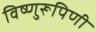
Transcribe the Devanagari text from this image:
विष्णुरूपिणी